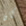
كان